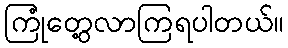
ကြုံတွေ့လာကြရပါတယ်။